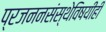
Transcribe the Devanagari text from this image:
प्रजननसंस्थेविषयीही